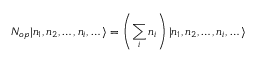
N _ { o p } | n _ { 1 } , n _ { 2 } , \dots , n _ { i } , \dots \rangle = \left( \sum _ { i } n _ { i } \right) | n _ { 1 } , n _ { 2 } , \dots , n _ { i } , \dots \rangle